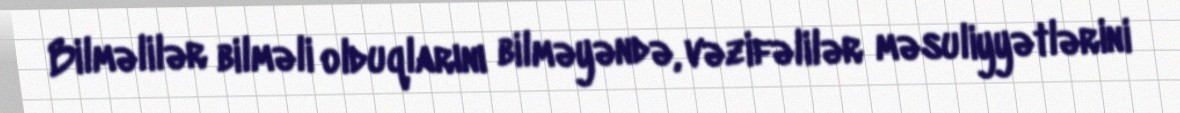
Bilməlilər bilməli olduqlarını bilməyəndə, vəzifəlilər məsuliyyətlərini